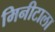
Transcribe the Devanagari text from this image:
मिनीटाला